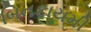
બિનકાયમી